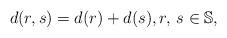
LaTeX: \begin{align*}d(r,s)=d(r)+d(s),r,\, s\in\mathbb S,\end{align*}